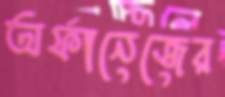
অর্ফানেজের